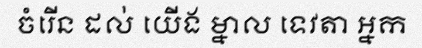
ចំរើន ដល់ យើង ម្នាល ទេវតា អ្នក